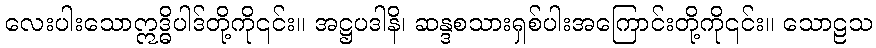
လေးပါးသောဣဒ္ဓိပါဒ်တို့ကို၎င်း။ အဋ္ဌပဒါနိ၊ ဆန္ဒစသားရှစ်ပါးအကြောင်းတို့ကို၎င်း။ သောဠသ